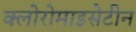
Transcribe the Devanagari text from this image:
क्लोरोमाइसेटीन